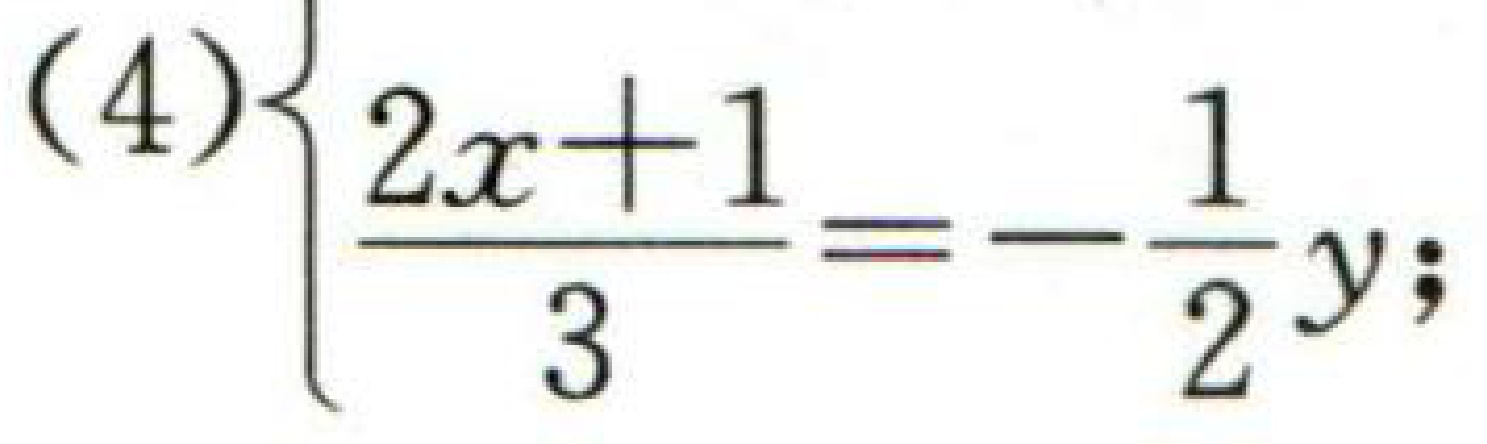
(4)$\begin{cases}\dfrac{2x + 1}{3}=-\dfrac{1}{2}y;\\\end{cases}$